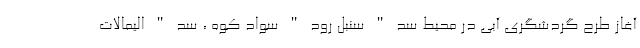
آغاز طرح گردشگری آبی در محیط سد " سنبل رود " سواد کوه ، سد " الیمالات